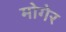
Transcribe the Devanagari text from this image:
मोगेर